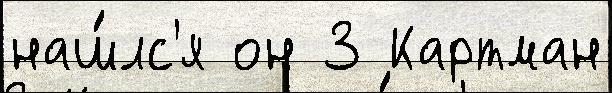
наш́лс'я он 3 Картман